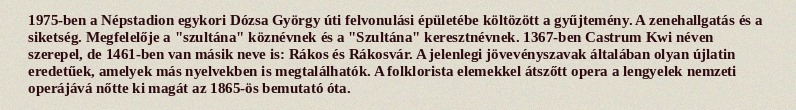
1975-ben a Népstadion egykori Dózsa György úti felvonulási épületébe költözött a gyűjtemény. A zenehallgatás és a siketség. Megfelelője a "szultána" köznévnek és a "Szultána" keresztnévnek. 1367-ben Castrum Kwi néven szerepel, de 1461-ben van másik neve is: Rákos és Rákosvár. A jelenlegi jövevényszavak általában olyan újlatin eredetűek, amelyek más nyelvekben is megtalálhatók. A folklorista elemekkel átszőtt opera a lengyelek nemzeti operájává nőtte ki magát az 1865-ös bemutató óta.